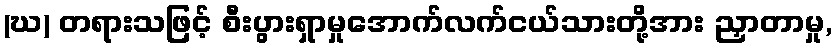
(ဃ) တရားသဖြင့် စီးပွားရှာမှုအောက်လက်ငယ်သားတို့အား ညှာတာမှု,